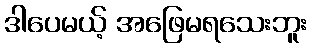
ဒါပေမယ့် အဖြေမရသေးဘူး